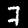
Label: 7